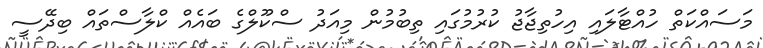
މަސައްކަތް ހުއްޓާލައި އިހުތިޖާޖު ކުރުމުގައި ތިބުމުން މިއަދު ސްކޫލްގެ ބައެއް ކްލާސްތައް ބިދޭސީ